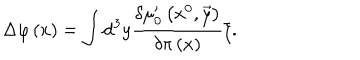
LaTeX: \Delta \varphi \left( x \right) = \int \mathrm { d } ^ { 3 } y \frac { \delta \mu _ { 0 } ^ { \prime } \left( x ^ { 0 } , \vec { y } \right) } { \delta \pi \left( x \right) } \xi .